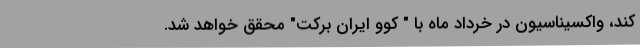
کند، واکسیناسیون در خرداد ماه با " کوو ایران برکت" محقق خواهد شد.